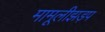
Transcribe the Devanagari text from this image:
मामूलीझड़प